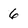
Character: 6